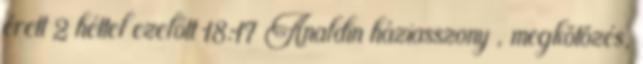
érett 2 héttel ezelőtt 18:17 Analdin háziasszony , megkötözés,